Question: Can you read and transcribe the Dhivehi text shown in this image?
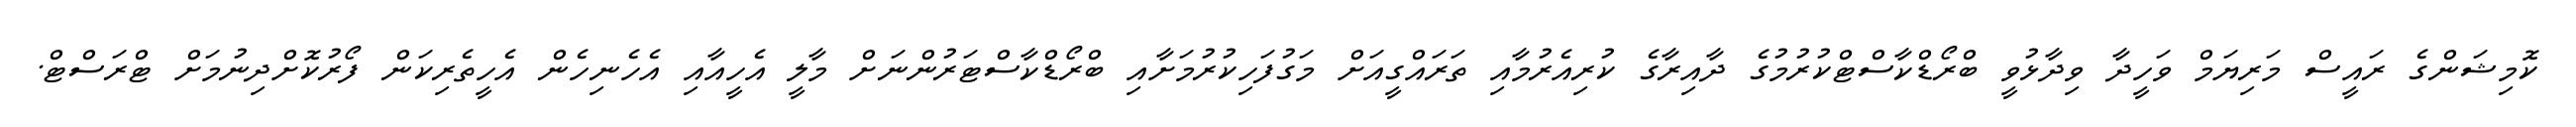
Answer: ކޮމިޝަންގެ ރައީސް މަރިޔަމް ވަހީދާ ވިދާޅުވީ ބްރޯޑްކާސްޓްކުރުމުގެ ދާއިރާގެ ކުރިއެރުމާއި ތަރައްގީއަށް މަގުފަހިކުރުމަށާއި ބްރޯޑްކާސްޓަރުންނަށް މާލީ އެހީއާއި އެހެނިހެން އެހީތެރިކަން ފޯރުކޮށްދިނުމަށް ޓްރަސްޓް.